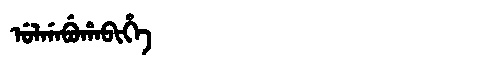
Manchu: ᡠᠯᡤᠠᠪᡠᡥᠠᠪᡳᡥᡝ
Romanization: ULGABUHABIHE